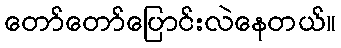
တော်တော်ပြောင်းလဲနေတယ်။